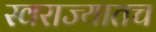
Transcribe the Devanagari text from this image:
स्वराज्यातच